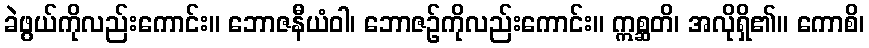
ခဲဖွယ်ကိုလည်းကောင်း။ ဘောဇနီယံဝါ၊ ဘောဇဉ်ကိုလည်းကောင်း။ ဣစ္ဆတိ၊ အလိုရှိ၏။ ကောစိ၊